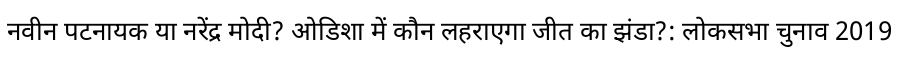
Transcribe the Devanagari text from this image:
नवीन पटनायक या नरेंद्र मोदी? ओडिशा में कौन लहराएगा जीत का झंडा?: लोकसभा चुनाव 2019